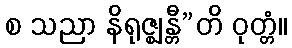
စ သညာ နိရုဇ္ဈန္တီ”တိ ဝုတ္တံ။